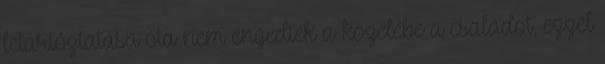
letartóztatása óta nem engedték a közelébe a családot, ezzel